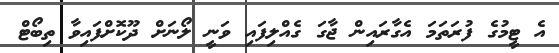
އެ ޓީމުގެ ފުރަތަމަ އެގާރައިން ޖާގަ ގެއްލިފައި ވަނީ ލޯނަށް ދޫކޮށްފައިވާ ތިބޯޓް